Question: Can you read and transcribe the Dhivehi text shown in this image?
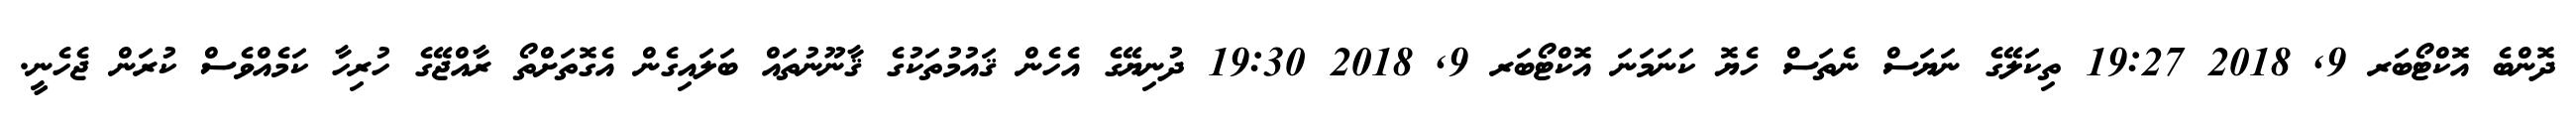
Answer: ދޮންބެ އޮކްޓޯބަރ 9, 2018 19:27 ތިކަލޭގެ ނަޔަސް ނެތަސް ހެޔޮ ކަނަމަނަ އޮކްޓޯބަރ 9, 2018 19:30 ދުނިޔޭގެ އެހެން ޤައުމުތަކުގެ ޤާނޫނުތައް ބަލައިގެން އެގޮތަށްތޯ ރާއްޖޭގެ ހުރިހާ ކަމެއްވެސް ކުރަން ޖެހެނީ.